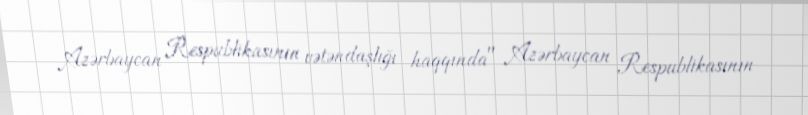
Azərbaycan Respublikasının vətəndaşlığı haqqında" Azərbaycan Respublikasının